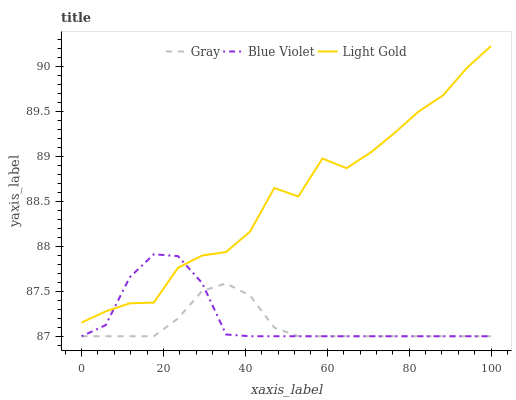
| xaxis_label | Gray | Blue Violet | Light Gold |
 | --- | --- | --- | --- |
 | 0 | 87 | 87 | 87.2 |
 | 5.88 | 87 | 87.1 | 87.3 |
 | 11.8 | 87 | 87.7 | 87.4 |
 | 17.6 | 87 | 87.9 | 87.4 |
 | 23.5 | 87.2 | 87.9 | 87.8 |
 | 29.4 | 87.5 | 87.6 | 87.9 |
 | 35.3 | 87.6 | 87 | 87.9 |
 | 41.2 | 87.5 | 87 | 88.2 |
 | 47.1 | 87.1 | 87 | 88.6 |
 | 52.9 | 87 | 87 | 88.6 |
 | 58.8 | 87 | 87 | 89 |
 | 64.7 | 87 | 87 | 88.9 |
 | 70.6 | 87 | 87 | 89 |
 | 76.5 | 87 | 87 | 89.3 |
 | 82.4 | 87 | 87 | 89.5 |
 | 88.2 | 87 | 87 | 89.7 |
 | 94.1 | 87 | 87 | 90 |
 | 100 | 87 | 87 | 90.2 |